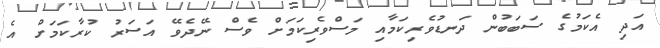
އަދި އެކަމުގެ ސަބަބުން ދަނޑުވެރިކަމާއި މަސްވެރިކަމަށް ވެސް ނޭދެވޭ އަސަރު ކުރާކަމަށް އެ